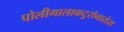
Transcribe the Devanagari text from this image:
पोलीगालाकटुरोनासेस